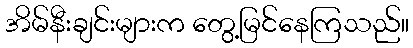
အိမ်နီးချင်းများက တွေ့မြင်နေကြသည်။